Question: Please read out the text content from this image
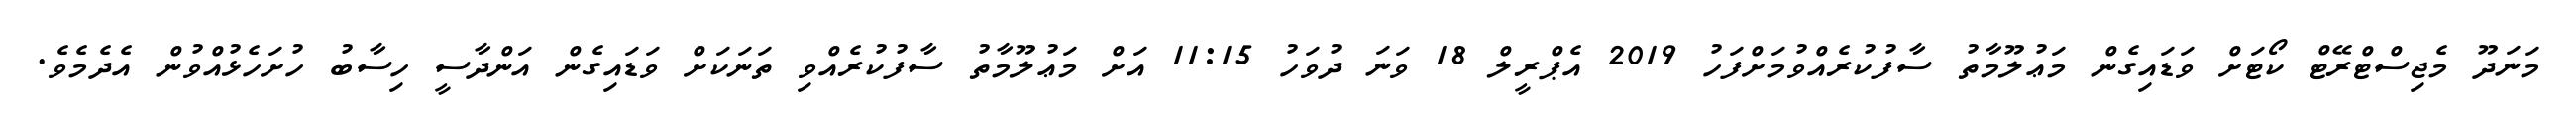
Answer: މަނަދޫ މެޖިސްޓްރޭޓް ކޯޓަށް ވަޑައިގެން މަޢުލޫމާތު ސާފުކުރެއްވުމަށްފަހު 2019 އެޕްރީލް 18 ވަނަ ދުވަހު 11:15 އަށް މަޢުލޫމާތު ސާފުކުރެއްވި ތަނަކަށް ވަޑައިގެން އަންދާސީ ހިސާބު ހުށަހެޅުއްވުން އެދެމެވެ.